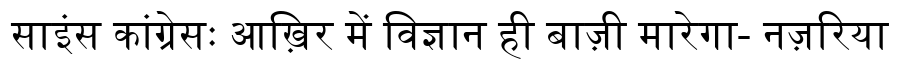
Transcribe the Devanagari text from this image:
साइंस कांग्रेसः आख़िर में विज्ञान ही बाज़ी मारेगा- नज़रिया